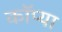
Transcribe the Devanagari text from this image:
कॉप्या